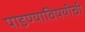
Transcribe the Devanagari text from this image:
पाडण्याविषयीची